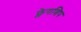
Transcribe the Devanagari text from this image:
फ्लेगशिप